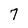
Character: 7